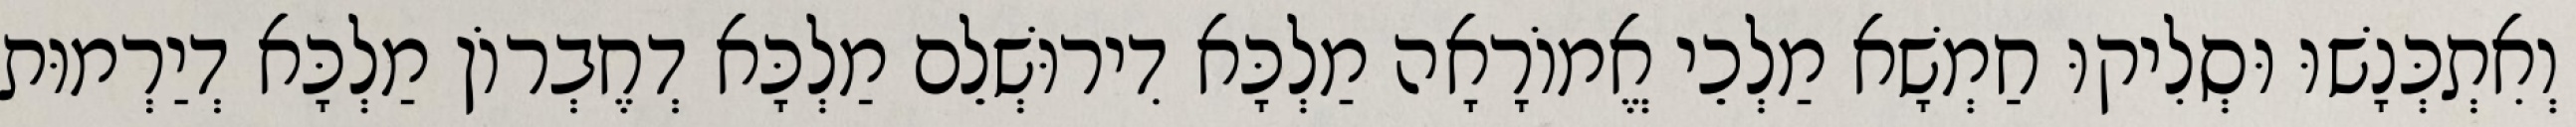
וְאִתְכְּנָשׁוּ וּסְלִיקוּ חַמְשָׁא מַלְכֵי אֱמוֹרָאָה מַלְכָּא דִירוּשְׁלֵם מַלְכָּא דְחֶבְרוֹן מַלְכָּא דְיַרְמוּת